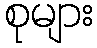
စုများ